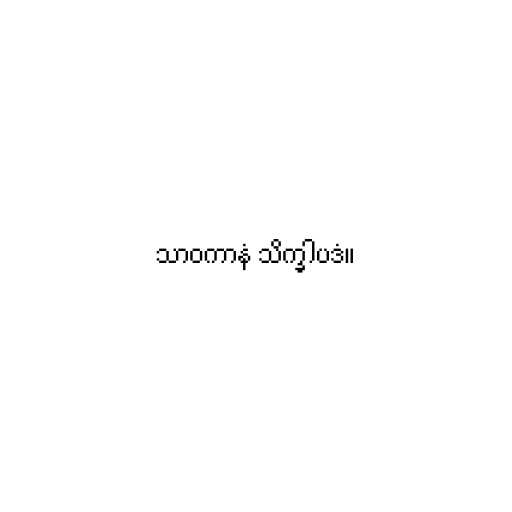
သာဝကာနံ သိက္ခါပဒံ။